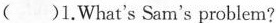
()1.What's Sam's problem?